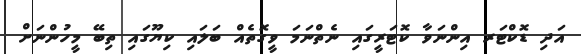
އަދި ޑޮކްޓަރ އިންނަވާ ކޮޓަރީގައި ނެތްނަމަ ވީގޮތެއް ބަލައި ކިޔޫގައި ތިބޭ މީހުންނަށް